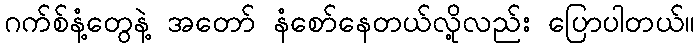
ဂက်စ်နံ့တွေနဲ့ အတော် နံစော်နေတယ်လို့လည်း ပြောပါတယ်။